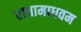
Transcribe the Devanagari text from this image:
राधामाधवम